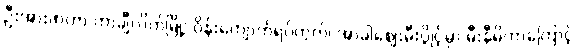
ဦးအားဖာဟာ တာချီလိတ်မြို့၊ ဝိန်းကျောက်ရပ်ကွက်၊ အာခါစျေးမီးပွိုင့်မှာ မီးနီမိတာကြောင့်